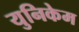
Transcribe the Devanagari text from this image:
युनिकेम